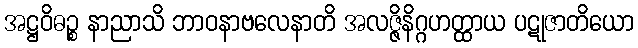
အဋ္ဌဝိဓဉ္စ နာညာသိ ဘာဝနာဗလေနာတိ အလဇ္ဇိနိဂ္ဂဟတ္ထာယ ပဋုဇာတိယော